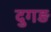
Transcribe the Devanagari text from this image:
दुगड़